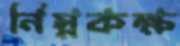
নিম্নকক্ষ